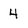
Character: 4